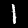
Digit: 1